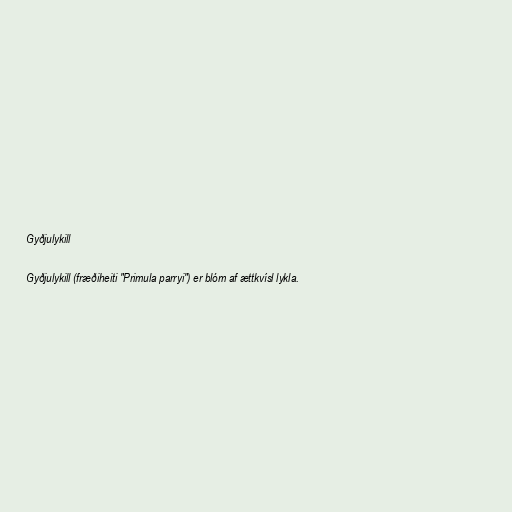
Gyðjulykill

Gyðjulykill (fræðiheiti "Primula parryi") er blóm af ættkvísl lykla.